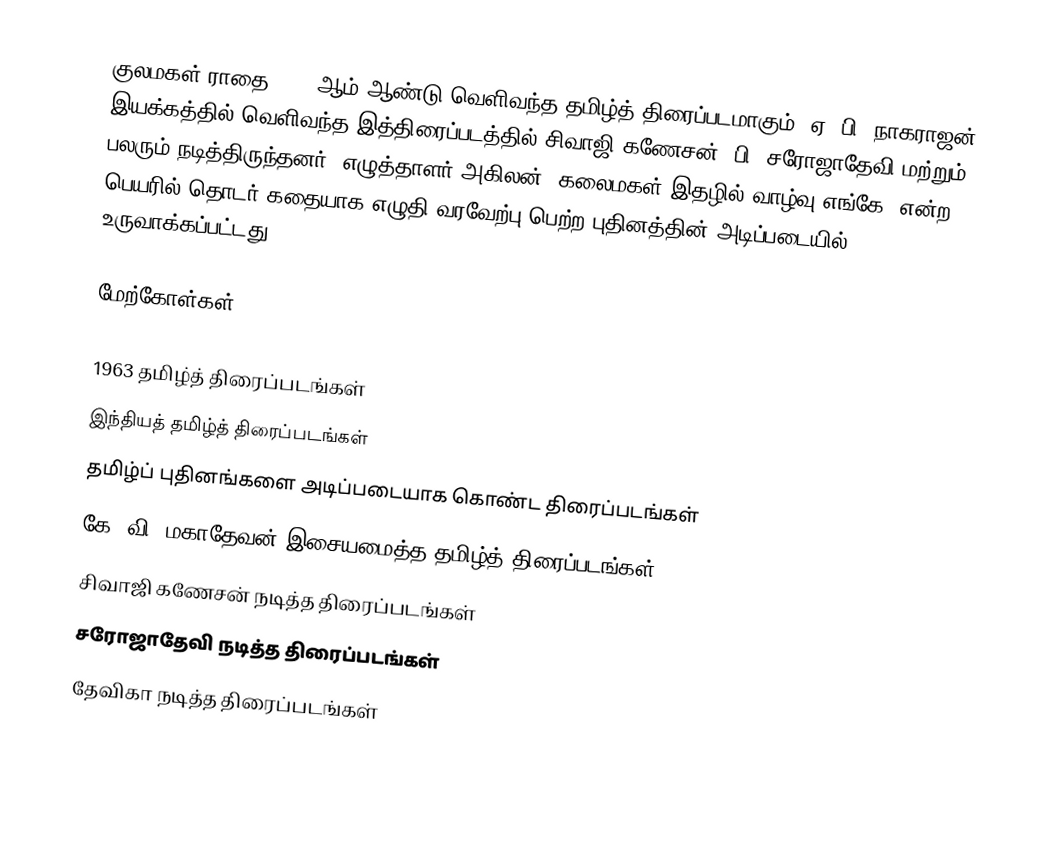
குலமகள் ராதை 1963 ஆம் ஆண்டு வெளிவந்த தமிழ்த் திரைப்படமாகும். ஏ. பி. நாகராஜன் இயக்கத்தில் வெளிவந்த இத்திரைப்படத்தில் சிவாஜி கணேசன், பி. சரோஜாதேவி மற்றும் பலரும் நடித்திருந்தனர். எழுத்தாளர் அகிலன், கலைமகள் இதழில் வாழ்வு எங்கே? என்ற பெயரில் தொடர் கதையாக எழுதி வரவேற்பு பெற்ற புதினத்தின் அடிப்படையில் உருவாக்கப்பட்டது.

மேற்கோள்கள்

1963 தமிழ்த் திரைப்படங்கள்
இந்தியத் தமிழ்த் திரைப்படங்கள்
தமிழ்ப் புதினங்களை அடிப்படையாக கொண்ட திரைப்படங்கள்
கே. வி. மகாதேவன் இசையமைத்த தமிழ்த் திரைப்படங்கள்
சிவாஜி கணேசன் நடித்த திரைப்படங்கள்
சரோஜாதேவி நடித்த திரைப்படங்கள்
தேவிகா நடித்த திரைப்படங்கள்